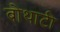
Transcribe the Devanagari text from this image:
बोथाटी